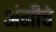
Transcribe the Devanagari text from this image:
अंगीचे